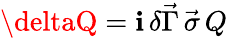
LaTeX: \deltaQ=\mathbf{i}\, \delta\vec{{\Gamma}}\, \vec{{\sigma}}\, Q